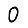
Digit: 0